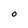
Character: O